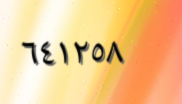
٦٤١٢٥٨